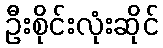
ဦးစိုင်းလုံးဆိုင်